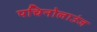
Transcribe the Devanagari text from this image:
पचिनोलाउंज